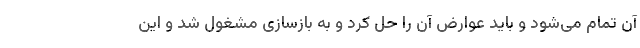
آن تمام می‌شود و باید عوارض آن را حل کرد و به بازسازی مشغول شد و این